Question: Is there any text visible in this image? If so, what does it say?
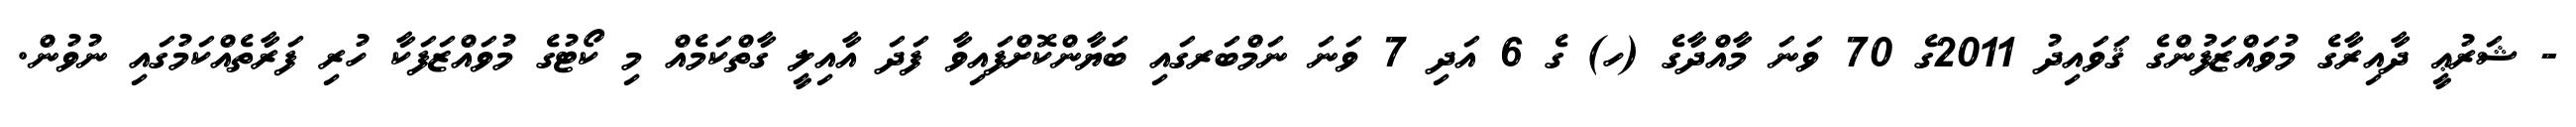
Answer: - ޝަރުޢީ ދާއިރާގެ މުވައްޒަފުންގެ ޤަވައިދު 2011ގެ 70 ވަނަ މާއްދާގެ (ހ) ގެ 6 އަދި 7 ވަނަ ނަމްބަރގައި ބަޔާންކޮށްފައިވާ ފަދަ އާއިލީ ގާތްކަމެއް މި ކޯޓުގެ މުވައްޒަފަކާ ހުރި ފަރާތެއްކަމުގައި ނުވުން.